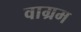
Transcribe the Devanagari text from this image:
वाग्रम